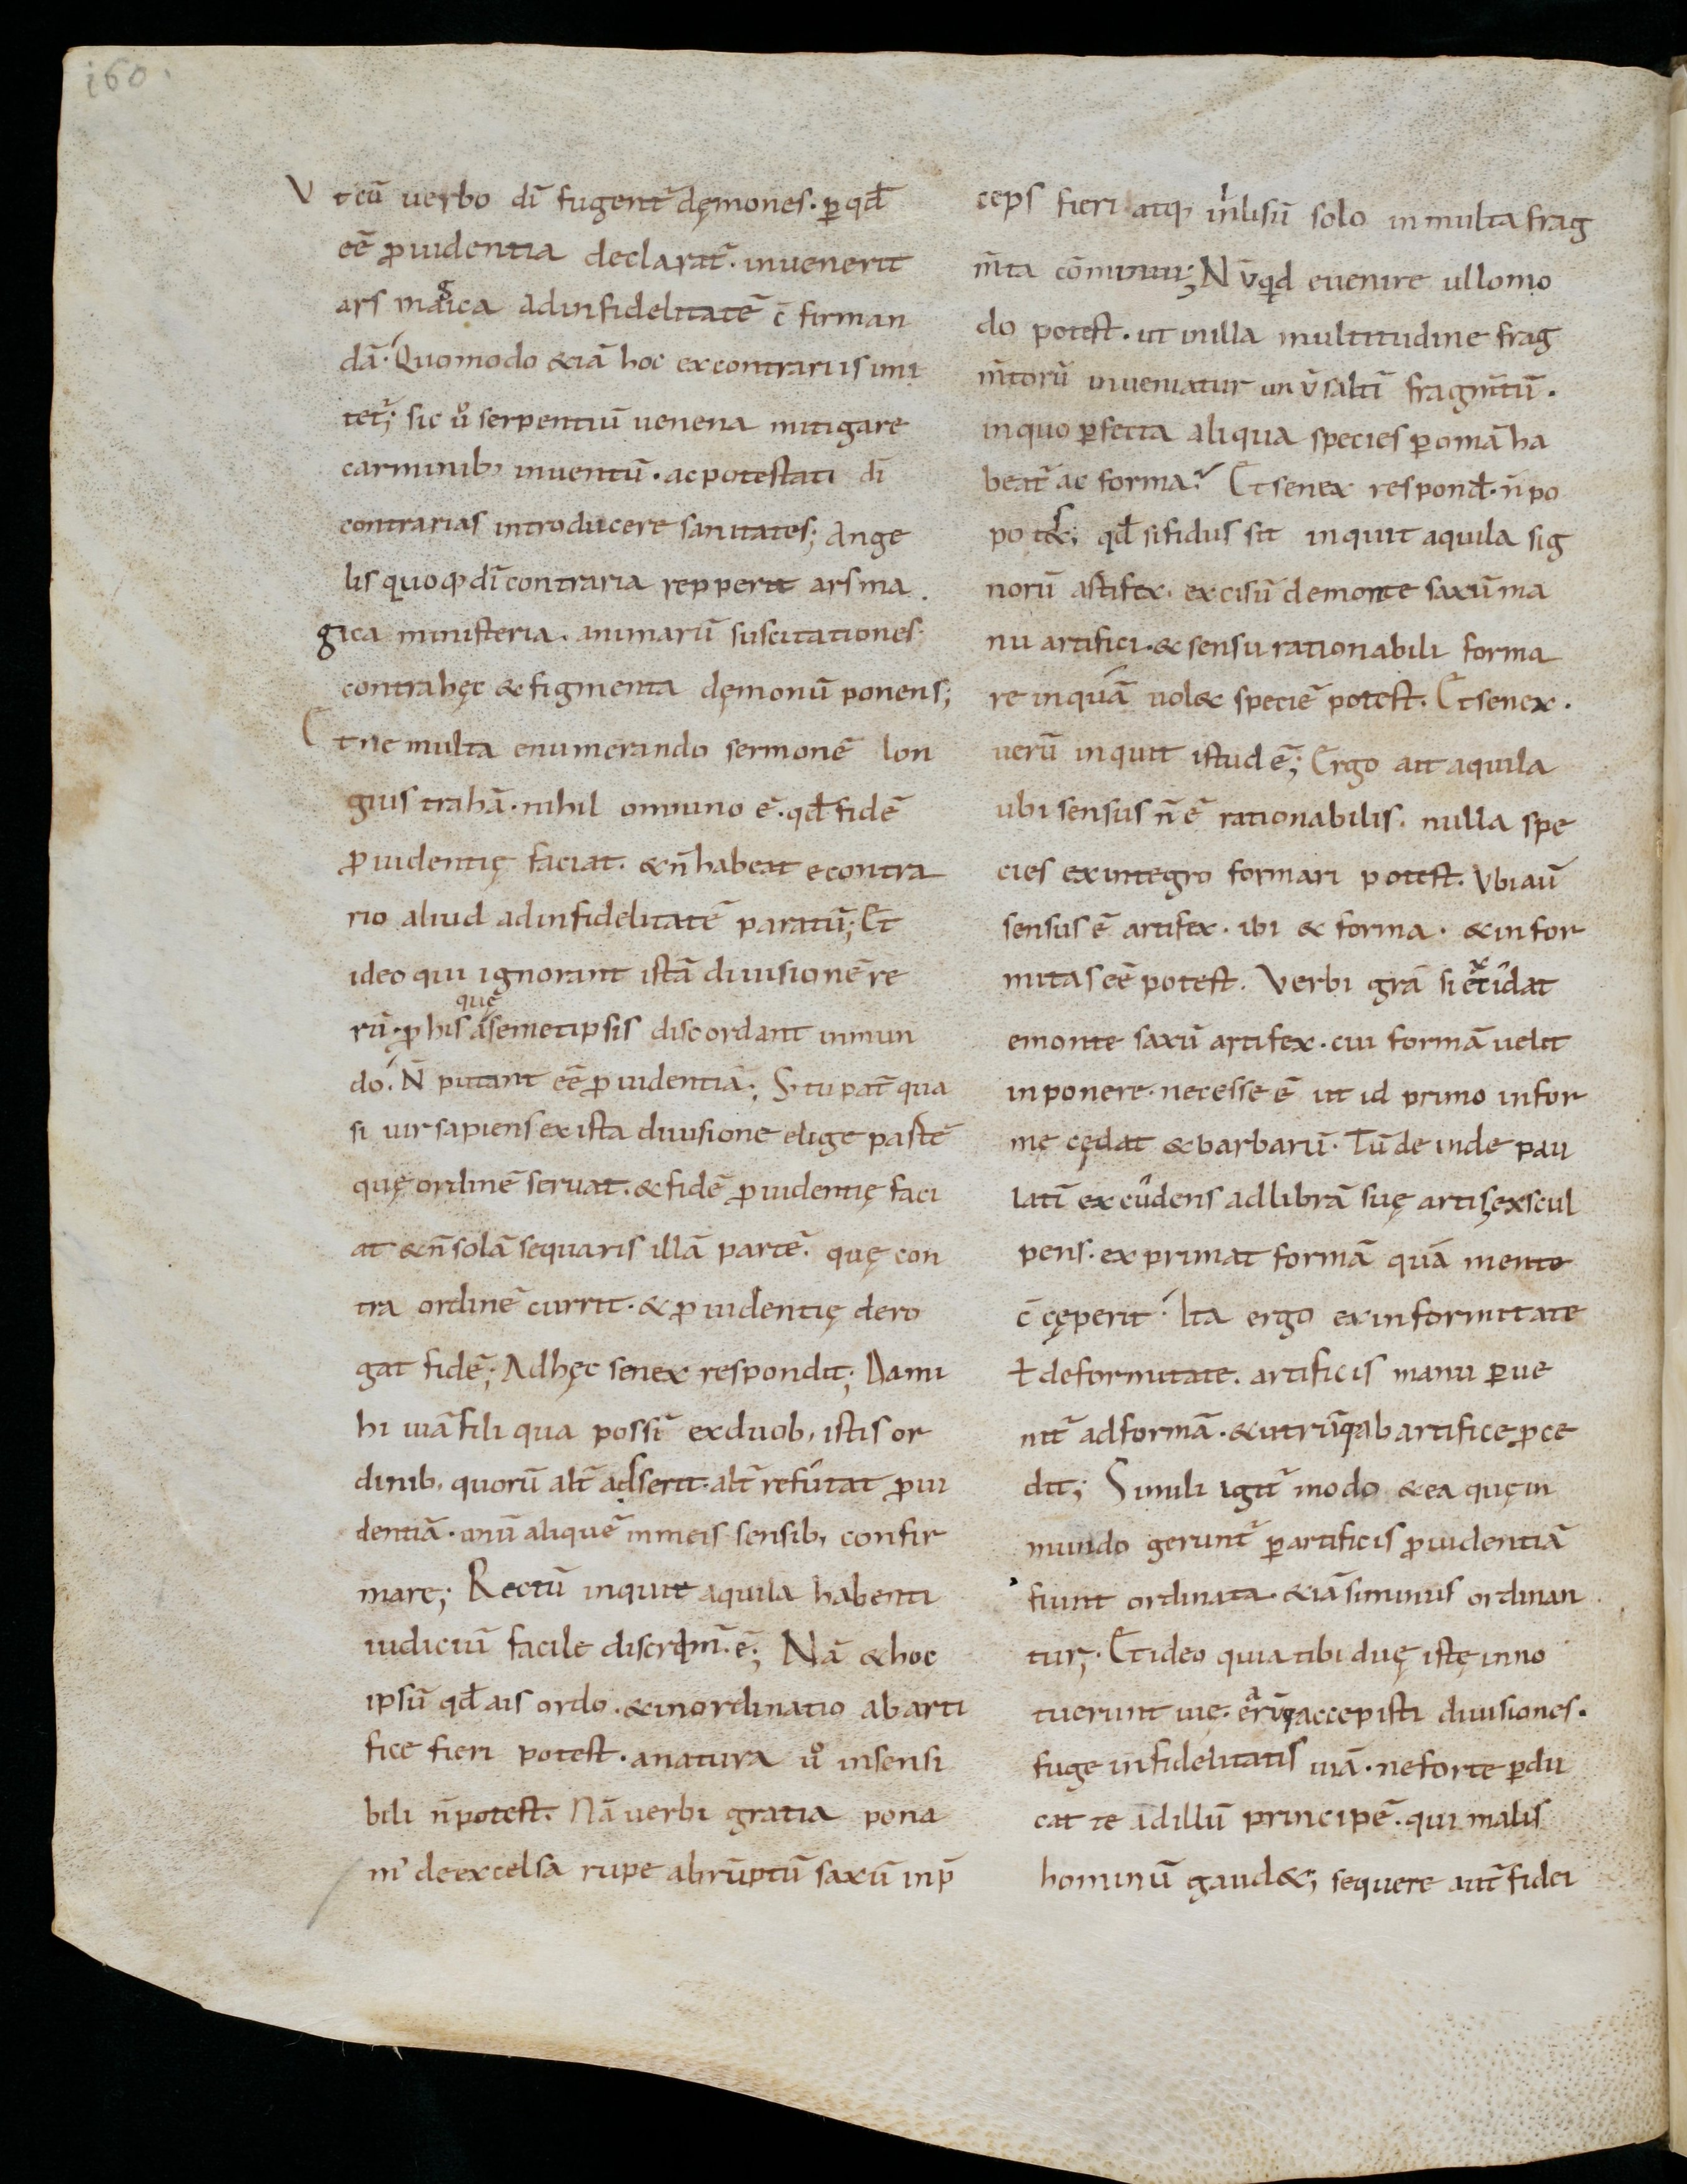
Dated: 800–899